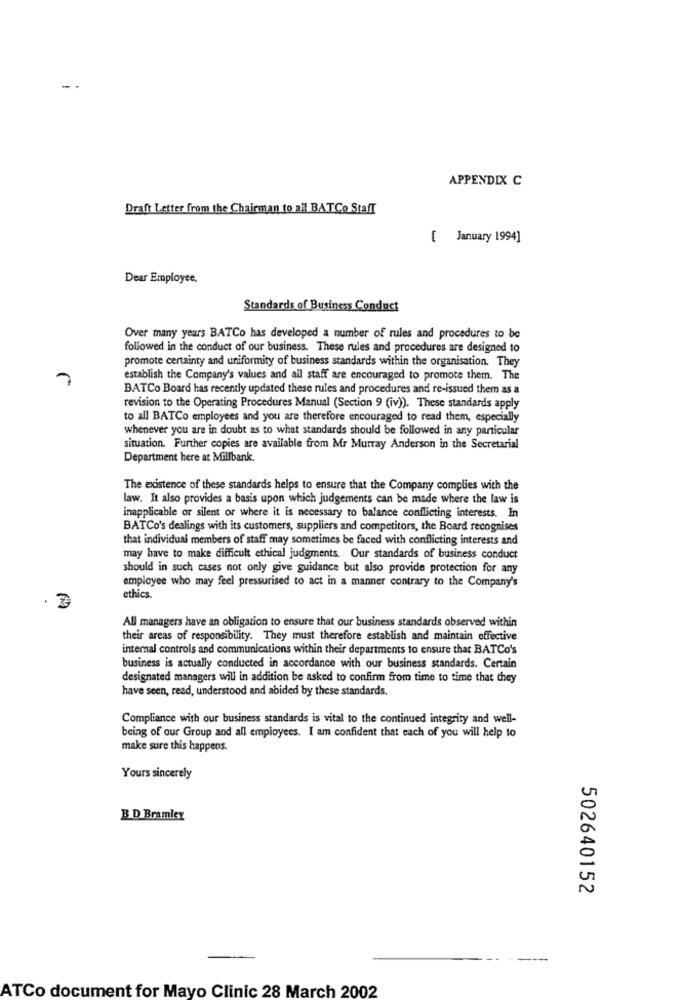
APPENDIX C
Draft Letter from the Chairman to all BATCo Staff
[ January 1994]
Dear Employee,
Standards of Business Conduct
Over many years BATCo has developed a number of rules and procedures to be
followed in the conduct of our business. These rules and procedures are designed to
promote certainty and uniformity of business standards within the organisation. They
establish the Company's values and all staff are encouraged to promote them. The
BATCo Board has recently updated these rules and procedures and re-issued them as a
revision to the Operating Procedures Manual (Section 9 (iv)). These standards apply
to all BATCo employees and you are therefore encouraged to read them, especially
whenever you are in doubt as to what standards should be followed in any particular
situation. Further copies are available from Mr Murray Anderson in the Secretarial
Department here at Millbank.
The existence of these standards helps to ensure that the Company complies with the
law. It also provides a basis upon which judgements can be made where the law is
inapplicable or silent or where it is necessary to balance conflicting interests. In
BATCo's dealings with its customers, suppliers and competitors, the Board recognises
that individual members of staff may sometimes be faced with conflicting interests and
may have to make difficult ethical judgments. Our standards of business conduct
should in such cases not only give guidance but also provide protection for any
employee who may feel pressurised to act in a manner contrary to the Company's
ethics.
All managers have an obligation to ensure that our business standards observed within
their areas of responsibility. They must therefore establish and maintain effective
internal controls and communications within their departments to ensure that BATCo's
business is actually conducted in accordance with our business standards. Certain
designated managers will in addition be asked to confirm from time to time that they
have seen, read, understood and abided by these standards.
Compliance with our business standards is vital to the continued integrity and well-
being of our Group and all employees. I am confident that each of you will help to
make sure this happens.
Yours sincerely
B D Bramley
502640152
-
ATCo document for Mayo Clinic 28 March 2002